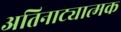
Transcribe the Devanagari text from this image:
अतिनाट्यात्मक